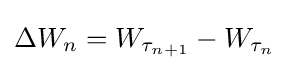
\Delta W_{n}=W_{\tau _{n+1}}-W_{\tau _{n}}